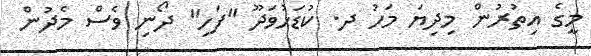
މީގެ އިތުރުން މިދިޔަ މަހު ދ. ކުޑަހުވަދޫ "ފަހި" ދޯނި ވެސް މެދުން